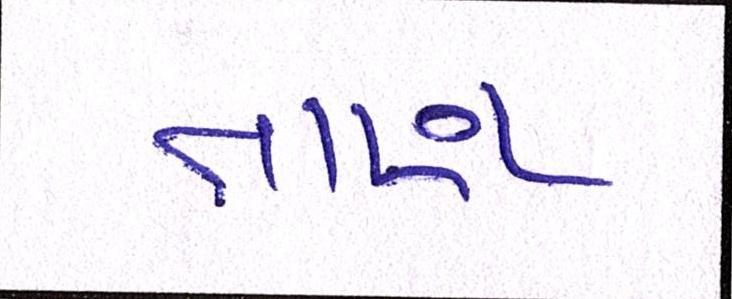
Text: તાણ